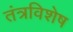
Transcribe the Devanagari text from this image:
तंत्रविशेष